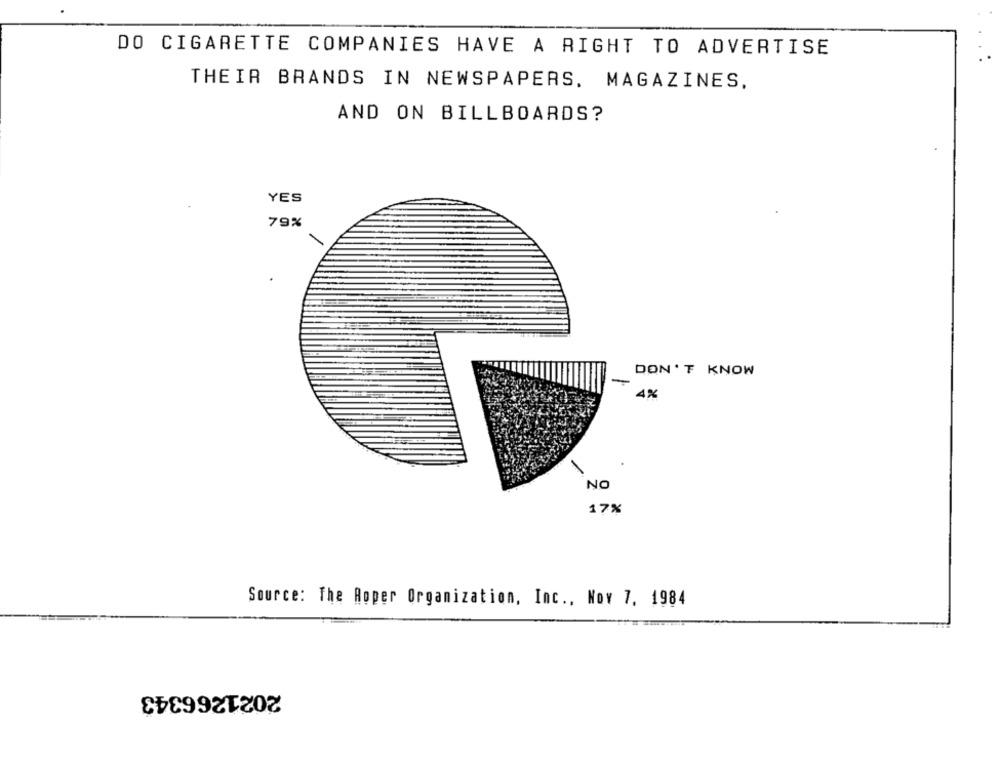
DO CIGARETTE COMPANIES HAVE A RIGHT TO ADVERTISE
THEIR BRANDS IN NEWSPAPERS, MAGAZINES.
AND ON BILLBOARDS?
YES
79%
-
DON'T KNOW
4%
NO
17%
Source: The Roper Organization, Inc ., Nov 7, 1984
2021266343